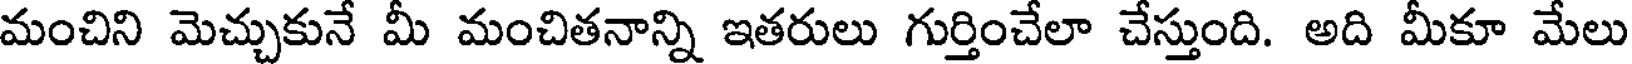
మంచిని మెచ్చుకునే మీ మంచితనాన్ని ఇతరులు గుర్తించేలా చేస్తుంది. అది మీకూ మేలు